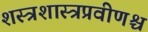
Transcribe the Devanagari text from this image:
शस्त्रशास्त्रप्रवीणश्च